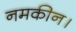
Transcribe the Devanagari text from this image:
नमकीन।